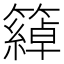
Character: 𥵤